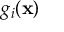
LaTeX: g _ { i } ( \mathbf { x } )